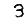
Digit: 3